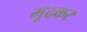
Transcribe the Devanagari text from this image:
गूदकर